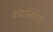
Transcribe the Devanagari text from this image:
कोटोनिऐस्टर